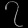
Digit: ၇